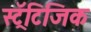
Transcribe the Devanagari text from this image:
स्ट्रॅटिजिक